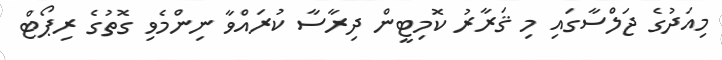
މިއަދުގެ ޖަލްސާގައި މި ޤަރާރު ކޮމިޓީން ދިރާސާ ކުރައްވާ ނިންމެވި ގޮތުގެ ރިޕޯޓް